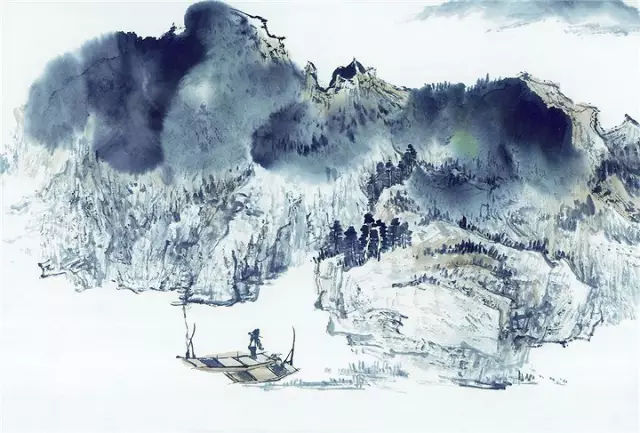
夜雪初霁，荠麦弥望。